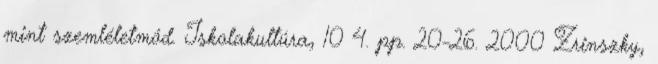
mint szemléletmód. Iskolakultúra, 10 4. pp. 20-26. 2000 Zrinszky,